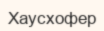
Хаусхофер